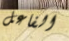
الفاعل